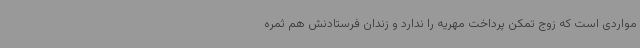
مواردی است که زوج تمکن پرداخت مهریه را ندارد و زندان فرستادنش هم ثمره